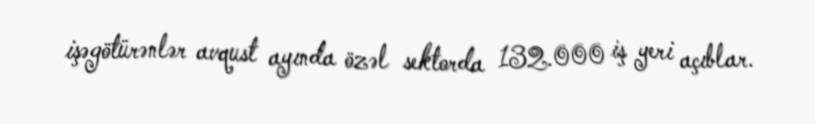
işəgötürənlər avqust ayında özəl sektorda 132.000 iş yeri açıblar.